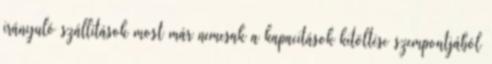
irányuló szállítások most már nemcsak a kapacitások kitöltése szempontjából